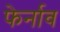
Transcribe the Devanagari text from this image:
फेर्नाव